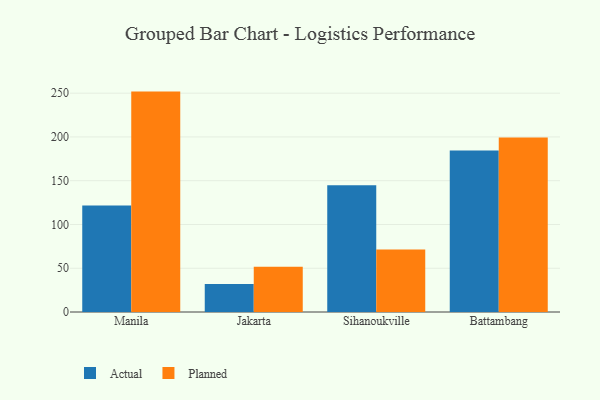
{"axis": {"x": "City", "y": "Page Views"}, "legend": ["Actual", "Planned"], "data": [{"x": "Manila", "y": 121.6, "type": "Actual"}, {"x": "Manila", "y": 251.8, "type": "Planned"}, {"x": "Jakarta", "y": 32.1, "type": "Actual"}, {"x": "Jakarta", "y": 51.6, "type": "Planned"}, {"x": "Sihanoukville", "y": 144.9, "type": "Actual"}, {"x": "Sihanoukville", "y": 71.5, "type": "Planned"}, {"x": "Battambang", "y": 184.4, "type": "Actual"}, {"x": "Battambang", "y": 199.3, "type": "Planned"}]}